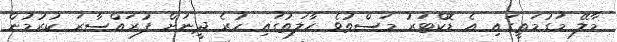
މާލޭ މަގުމަތީގައި އެ ޑޮކްޓަރު މަސްތުވެ ހާލަތުގައި ހުރެ ދީނަށް ފުރައްސާރަ ކުރުމުން